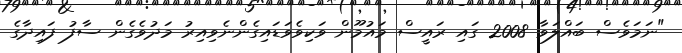
"ނަމަވެސް ބައްލަވާ 2008 ގައި ރައީސް މައުމޫން ވަކިވެވަޑައިގެންނެވިއިރު މަދުވެގެން ސާފު ފައިދާގެ